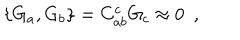
\{ G _ { a } , G _ { b } \} = C _ { a b } ^ { c } G _ { c } \approx 0 \, \, \, ,